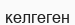
келгеген